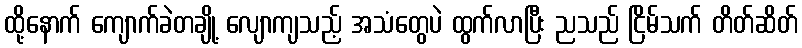
ထို့နောက် ကျောက်ခဲတချို့ လျောကျသည့် အသံတွေပဲ ထွက်လာပြီး ညသည် ငြိမ်သက် တိတ်ဆိတ်